Vaccination North-Western Provinces and Oudh 1878-1895 - 1878-1895
Year: 1878
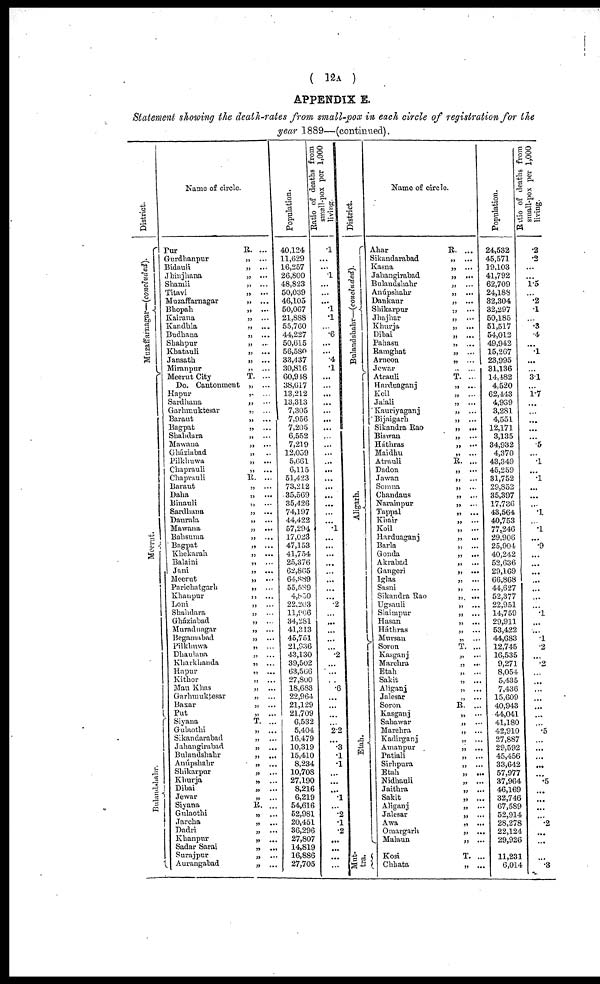
( 12A )
APPENDIX E.
Statement showing the death-rates from small-pox in each circle of registration for the
year 1889—(continued).
District.
Muzaffarnagar— (concluded).
Meerut.
Bulandshahr.
Name of circle.
Pur
R. ...
Gurdhanpur
„ ...
Bidauli
„ ...
Jhinjhana
„ ...
Shamli
„
...
Titavi
„
...
Muzaffarnagar „ ...
Bhopah
„ ...
Kairana
„ ...
Kandhla
„ ...
Budhana
„ ...
Shahpur
„ ...
Khatauli
„ ...
Jansath
„ ...
Miranpur
„ ...
MeerutCity
T. ...
Do. Cantonment „ ...
Hapur
„ ...
Sardhana
„ ...
Garhmuktesar
„ ...
Baraut
„ ...
Bagpat
„ ...
Shahdara „ ...
Mawana
„ ...
Ghúziabad
„ ...
Pilkhuwa
„ ...
Chaprauli
„ ...
Chaprauli
R. ...
Baraut
„ ...
Daha
„ ...
Binauli
„ ...
Sardhana
„ ...
Daurala
„ ...
Mawana
„ ...
Bahsuma
„ ...
Bagpat
„ ...
Khekarah
„ ...
Balaini
„ ...
Jani
„ ...
Meerut
„ ...
Parichatgarh
„ ...
Khanpur
„ ...
Loni
„ ...
Shahdara
„ ...
Gháziabad
„ ...
Muradnagar
„ ...
Begamabad
„ ...
Pilkhuwa
„ ...
Dhaulana
„ ...
Kharkhanda
„ ...
Hapur
„ ...
Kithor
„ ...
Mau Khas
„ ...
Garhmuktesar
„ ...
Baxar
„ ...
Put
„ ...
Siyana
T. ...
Gulaothi
„ ...
Sikandarabad
„ ...
Jahangirabad
„ ...
Bulandshahr
„ ...
Anúpshahr
„ ...
Shikarpur
„ ...
Khurja
„ ...
Dibai
„ ...
Jewar
„ ...
Siyana
R. ...
Gulaothi
„ ...
Jareha
„ ...
Dadri
„ ...
Khanpur
„ ...
Sadar Sarai
„
...
Surajpur
„ ...
Aurangabad
„ ...
Population.
40,124
11,629
16,257
26,800
48,823
50,039
46,105
50,067
21,888
55,760
44,227
50,615
56,580
33,437
30,816
60,948
38,617
13,212
13,313
7,305
7,956
7,205
6,552
7,219
12,059
5,661
6,115
51,423
73,212
35,569
35,426
74,197
44,422
57,294
17,023
47,153
41,754
25,376
62,865
64,889
55,589
4,850
22,203
11, 966
34,281
41,313
45,751
21,936
43,130
39,502
63,566
27,800
18,683
22,964
21,129
21,709
6,532
5,404
16,479
10,319
15,410
8,234
10,708
27,190
8,216
6,219
54,616
52,981
20,451
36,296
27,807
14,819
16,886
27,705
Ratio of deaths from
small-pox per 1,000
living.
.1
...
... .1
...
...
...
.1
.1
...
.6
...
...
.4
.1
...
...
...
...
...
...
...
...
...
...
...
...
...
...
...
...
...
...
.1
...
...
...
...
...
...
...
...
.2
...
...
...
...
...
.2
...
...
...
.6
...
...
...
...
2.2
...
.3
.1
.1
...
...
...
.1
...
.2
.1
.2
...
...
...
...
District.
Bulandshahr—(concluded).
Aligarh.
Etah.
Mut¬
tra.
Name of circle.
Ahar
R. ...
Sikandarabad
„ ...
Kasna
„ ...
Jahangirabad
„ ...
Bulandshahr
„ ...
Anúpshahr
„ ...
Dankaur
„ ...
Shikarpur
„ ...
Jhajhar
„ ...
Khurja
„ ...
Dibai
„ ...
Pahasu
„ ...
Ramghat
„ ...
Arneon
„ ...
Jewar
„ ...
Atrauli
T. ...
Hnrduaganj
„ ...
Koil
„ ...
Jalali
„ ...
Kauriyaganj
„ ...
Brjaigarh
„ ...
Sikandra Rao
„ ...
Biswan
„ ...
Háthras
„ ...
Maidhu
„ ...
Atrauli
R. ...
Dadon
„ ...
Jawan
„ ...
Somna
„ ...
Chandaus
„ ...
Narainpur
„ ...
Tappal
„ ...
Khair
„ ...
Koil
„ ...
Harduaganj
„ ...
Barla
„ ...
Gonda
„ ...
Akrabad
„ ...
Gangeri
„ ...
Iglas
„ ...
Sasni
„ ...
Sikandra Rao
„ ...
Ugsauli
„ ...
Slaimpur
„ ...
Hasan
„ ...
Háthras
„ ...
Mursan
„ ...
Soron
T. ...
Kasganj
„ ...
Marchra
„ ...
Etah
„ ...
Sakit
„ ...
Aliganj
„ ...
Jalesar
„ ...
Soron
R. ...
Kasganj
„ ...
Sahawar
„ ...
Marehra
„ ...
Kadirganj
„ ...
Amanpur
„ ...
Patiali
„ ...
Sirhpura
„ ...
Etah
„ ...
Nidhauli
„ ...
Jaithra
„ ...
Sakit
„ ...
Aliganj
„ ...
Jalesar
„ ...
Awa
„ ...
Omargarh
„ ...
Malaun
„ ...
Kosi
T. ...
Chhata
„ ...
Population.
24,532
45,571
19,103
41,792
62,709
24,188
32,304
32,297
50,185
51,517
54,012
49,942
15,267
23,995
31,136
14,482
4,520
62,443
4,939
3,281
4,551
12,171
3,135
34,932
4,370
43,349
45,259
31,752
29,852
35,397
17,736
43,564
40,753
77,246
29,906
25,904
40,242
52,636
29,169
66,868
44,627
52,377
22,951
14,759
29,911
53,422
44,683
12,745
16,535
9,271
8,054
5,435
7,436
15,609
40,943
44,041
41,180
42,910
27,887
29,592
45,456
33,642
57,977
37,964
46,169
32,746
67,589
52,914
28,278
22,124
29,926
11,231
6,014
Ratio of deaths from
small-pox per 1,000
living.
.2
.2
...
...
1.5
...
.2
.1
...
.3
.4
...
.1
...
...
3.1
...
1.7
...
...
...
...
...
.5
...
.1
...
.1
...
...
...
.1
...
.1
...
.9
...
...
...
...
...
...
...
.1
...
...
.1
.2
...
.2
...
...
...
...
...
...
...
.5
...
...
...
...
...
.5
...
...
...
...
.2
...
...
...
.3